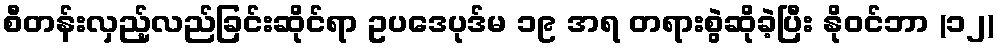
စီတန်းလှည့်လည်ခြင်းဆိုင်ရာ ဥပဒေပုဒ်မ ၁၉ အရ တရားစွဲဆိုခဲ့ပြီး နိုဝင်ဘာ (၁၂)